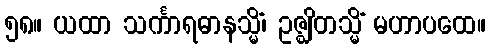
၅၈။ ယထာ သင်္ကာရဓာနသ္မိံ၊ ဥဇ္ဈိတသ္မိံ မဟာပထေ။